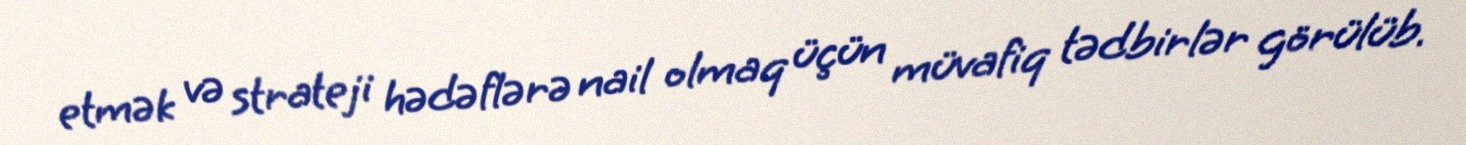
etmək və strateji hədəflərə nail olmaq üçün müvafiq tədbirlər görülüb.